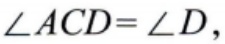
\(\angle ACD=\angle D\)